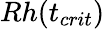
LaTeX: Rh(t_{crit})